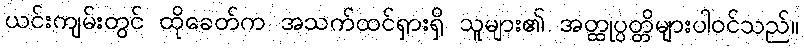
ယင်းကျမ်းတွင် ထိုခေတ်က အသက်ထင်ရှားရှိ သူများ၏ အတ္ထုပ္ပတ္တိများပါဝင်သည်။